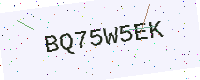
Text: BQ75W5EK